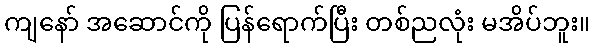
ကျနော် အဆောင်ကို ပြန်ရောက်ပြီး တစ်ညလုံး မအိပ်ဘူး။